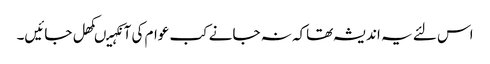
اس لئے یہ اندیشہ تھاکہ نہ جانے کب عوام کی آنکہیںکھل جائیں۔